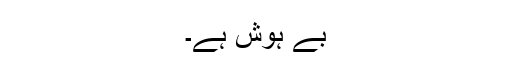
بے ہوش ہے۔